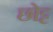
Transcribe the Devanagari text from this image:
छोट्ट